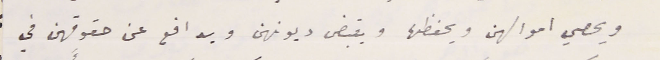
ويحصي اموالهن ويحفظها ويقبض ديونهن ويدافع عن حقوقهن في